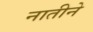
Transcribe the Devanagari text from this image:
नातीने